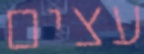
עצים